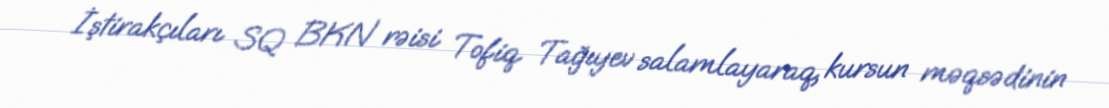
İştirakçıları SQ BKN rəisi Tofiq Tağıyev salamlayaraq, kursun məqsədinin